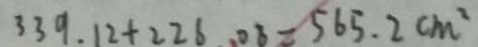
3 3 9 . 1 2 + 2 2 6 . 0 8 = 5 6 5 . 2 c m ^ { 2 }